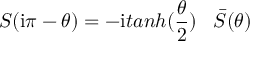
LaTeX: S ( \mathrm { i } \pi - \theta ) = - \mathrm { i } t a n h ( \frac { \theta } { 2 } ) \; \; \; \bar { S } ( \theta )